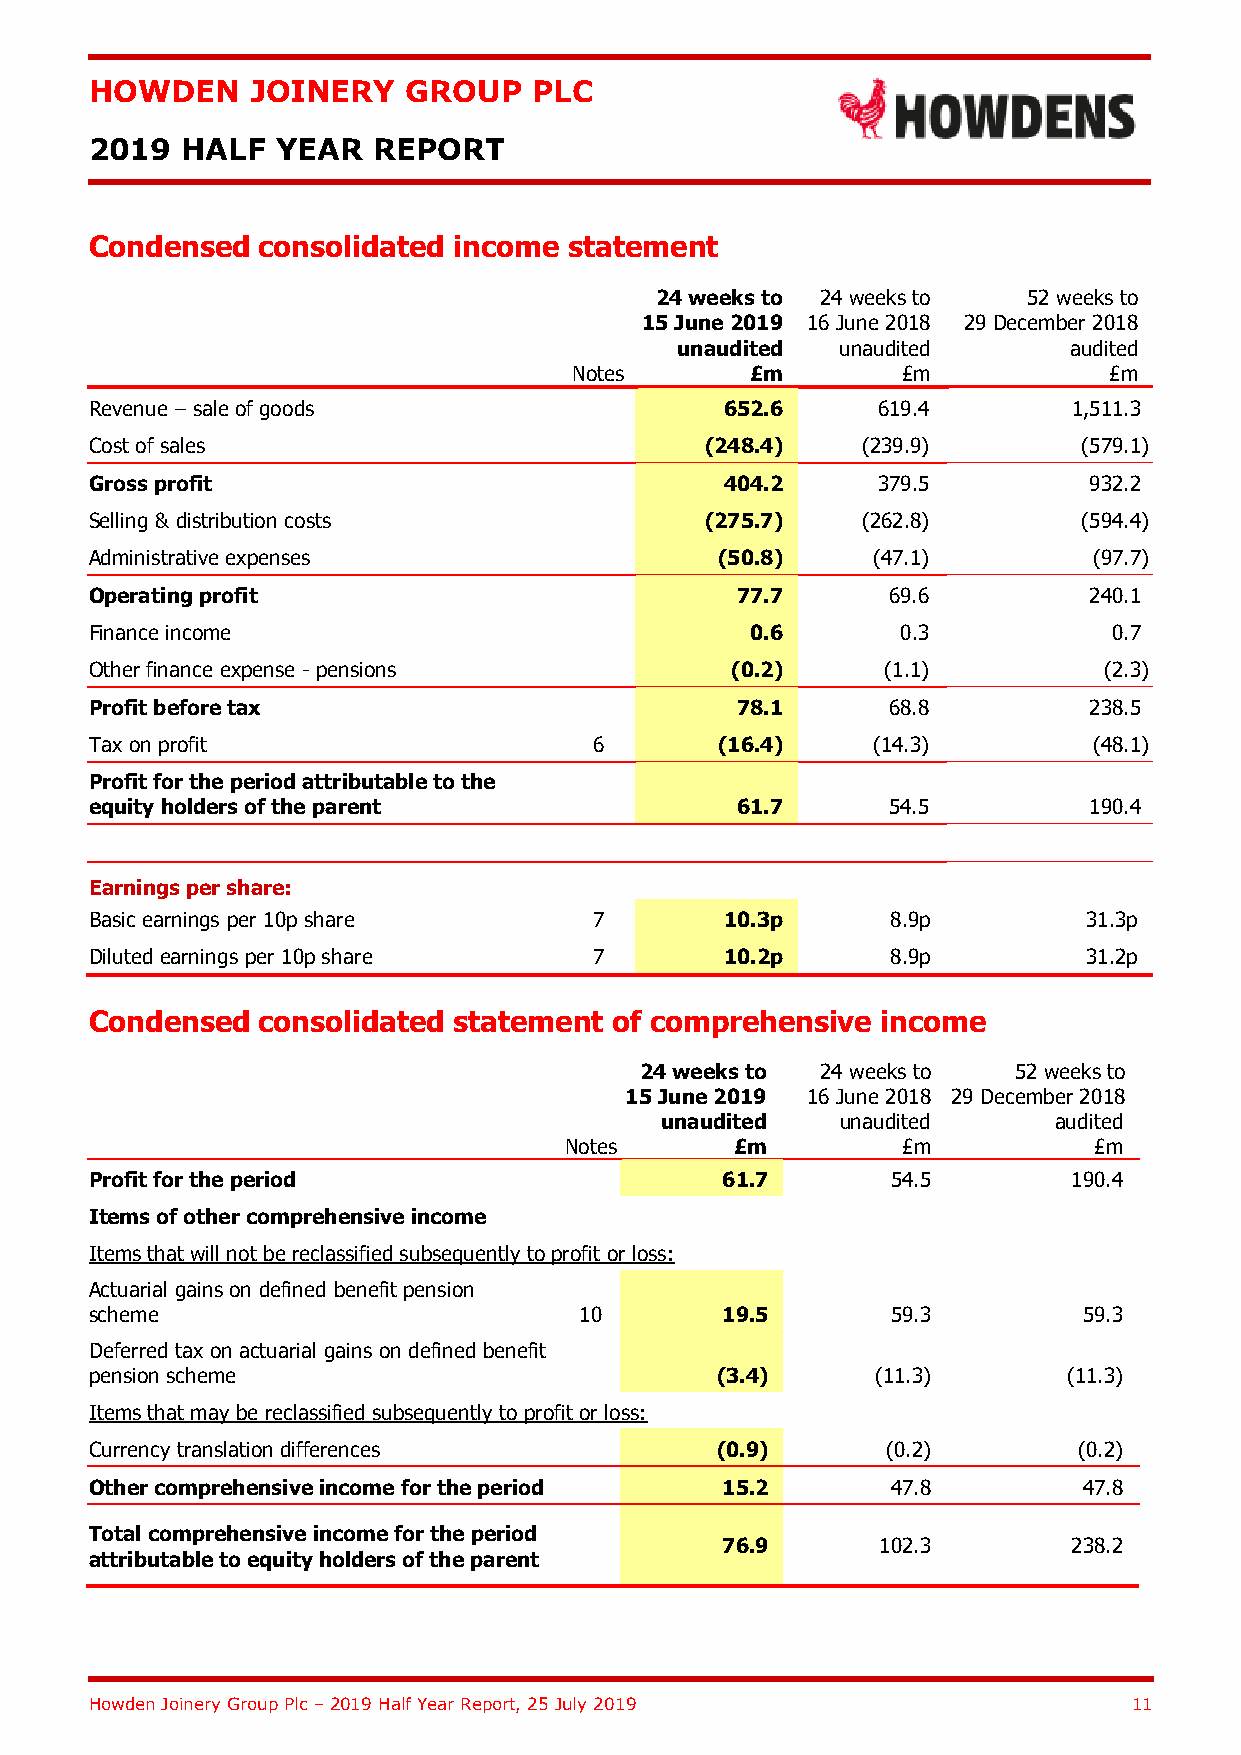
HOWDEN     JOINERY   GROUP   PLC
 2019  HALF  YEAR   REPORT
 Condensed  consolidated income  statement
 24 weeks to 24 weeks to  52 weeks to
 15 June 2019 16 June 2018 29 December 2018
 unaudited  unaudited      audited
 Notes       £m        £m           £m
 Revenue – sale of goods                   652.6     619.4        1,511.3
 Cost of sales                            (248.4)   (239.9)        (579.1)
 Gross profit                              404.2     379.5         932.2
 Selling & distribution costs             (275.7)   (262.8)        (594.4)
 Administrative expenses                  (50.8)     (47.1)        (97.7)
 Operating profit                           77.7      69.6         240.1
 Finance income                              0.6       0.3           0.7
 Other finance expense - pensions          (0.2)      (1.1)         (2.3)
 Profit before tax                          78.1      68.8         238.5
 Tax on profit                    6       (16.4)     (14.3)        (48.1)
 Profit for the period attributable to the
 equity holders of the parent               61.7      54.5         190.4
 Earnings per share:
 Basic earnings per 10p share     7        10.3p      8.9p         31.3p
 Diluted earnings per 10p share   7        10.2p      8.9p         31.2p
 Condensed  consolidated statement of comprehensive  income
 24 weeks to 24 weeks to  52 weeks to
 15 June 2019 16 June 2018 29 December 2018
 unaudited   unaudited     audited
 Notes       £m         £m          £m
 Profit for the period                     61.7       54.5        190.4
 Items of other comprehensive income
 Items that will not be reclassified subsequently to profit or loss:
 Actuarial gains on defined benefit pension
 scheme                          10        19.5       59.3         59.3
 Deferred tax on actuarial gains on defined benefit
 pension scheme                           (3.4)      (11.3)       (11.3)
 Items that may be reclassified subsequently to profit or loss:
 Currency translation differences         (0.9)       (0.2)       (0.2)
 Other comprehensive income for the period 15.2       47.8         47.8
 Total comprehensive income for the period
 76.9      102.3        238.2
 attributable to equity holders of the parent
 Howden Joinery Group Plc – 2019 Half Year Report, 25 July 2019       11